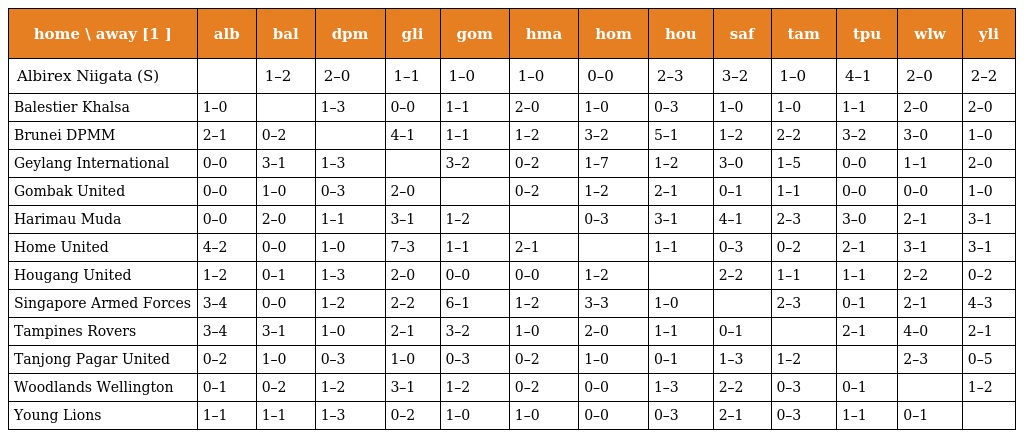
| home \ away [1 ] | alb | bal | dpm | gli | gom | hma | hom | hou | saf | tam | tpu | wlw | yli |
 | --- | --- | --- | --- | --- | --- | --- | --- | --- | --- | --- | --- | --- | --- |
 | Albirex Niigata (S) |  | 1–2 | 2–0 | 1–1 | 1–0 | 1–0 | 0–0 | 2–3 | 3–2 | 1–0 | 4–1 | 2–0 | 2–2 |
 | Balestier Khalsa | 1–0 |  | 1–3 | 0–0 | 1–1 | 2–0 | 1–0 | 0–3 | 1–0 | 1–0 | 1–1 | 2–0 | 2–0 |
 | Brunei DPMM | 2–1 | 0–2 |  | 4–1 | 1–1 | 1–2 | 3–2 | 5–1 | 1–2 | 2–2 | 3–2 | 3–0 | 1–0 |
 | Geylang International | 0–0 | 3–1 | 1–3 |  | 3–2 | 0–2 | 1–7 | 1–2 | 3–0 | 1–5 | 0–0 | 1–1 | 2–0 |
 | Gombak United | 0–0 | 1–0 | 0–3 | 2–0 |  | 0–2 | 1–2 | 2–1 | 0–1 | 1–1 | 0–0 | 0–0 | 1–0 |
 | Harimau Muda | 0–0 | 2–0 | 1–1 | 3–1 | 1–2 |  | 0–3 | 3–1 | 4–1 | 2–3 | 3–0 | 2–1 | 3–1 |
 | Home United | 4–2 | 0–0 | 1–0 | 7–3 | 1–1 | 2–1 |  | 1–1 | 0–3 | 0–2 | 2–1 | 3–1 | 3–1 |
 | Hougang United | 1–2 | 0–1 | 1–3 | 2–0 | 0–0 | 0–0 | 1–2 |  | 2–2 | 1–1 | 1–1 | 2–2 | 0–2 |
 | Singapore Armed Forces | 3–4 | 0–0 | 1–2 | 2–2 | 6–1 | 1–2 | 3–3 | 1–0 |  | 2–3 | 0–1 | 2–1 | 4–3 |
 | Tampines Rovers | 3–4 | 3–1 | 1–0 | 2–1 | 3–2 | 1–0 | 2–0 | 1–1 | 0–1 |  | 2–1 | 4–0 | 2–1 |
 | Tanjong Pagar United | 0–2 | 1–0 | 0–3 | 1–0 | 0–3 | 0–2 | 1–0 | 0–1 | 1–3 | 1–2 |  | 2–3 | 0–5 |
 | Woodlands Wellington | 0–1 | 0–2 | 1–2 | 3–1 | 1–2 | 0–2 | 0–0 | 1–3 | 2–2 | 0–3 | 0–1 |  | 1–2 |
 | Young Lions | 1–1 | 1–1 | 1–3 | 0–2 | 1–0 | 1–0 | 0–0 | 0–3 | 2–1 | 0–3 | 1–1 | 0–1 |  |